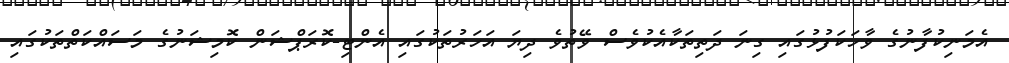
އެމަނިކުފާނުގެ ވާހަކަފުޅުގައި ގިނަ ދަތިތަކާއެކުވެސް ވޭތުވެ ދިޔަ އަހަރުތަކުގައި އެންޓި-ކޮރަޕްޝަން ކޮމިޝަނުގެ މަސައްކަތްތަކުގައި